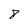
Character: 8